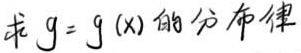
求 \(g = g(x)\) 的分布律